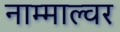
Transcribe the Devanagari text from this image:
नाम्माल्वर